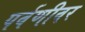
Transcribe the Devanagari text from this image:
पर्वणीवर